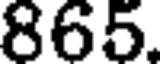
865.